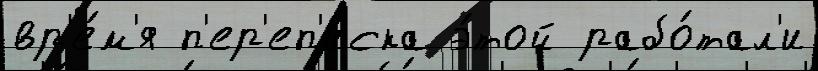
вр'е́м'я п'ер'еп'и́ска э́той рабо́тал'и